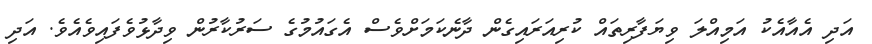
އަދި އެއާއެކު އަމިއްލަ ވިޔަފާރިތައް ކުރިއަރައިގެން ދާނެކަމަށްވެސް އެގައުމުގެ ސަރުކާރުން ވިދާޅުވެފައިވެއެވެ. އަދި